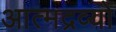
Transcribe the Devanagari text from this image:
आत्मद्रव्यों